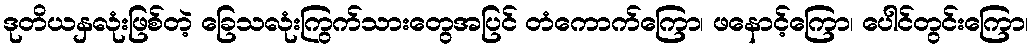
ဒုတိယနှလုံးဖြစ်တဲ့ ခြေသလုံးကြွက်သားတွေအပြင် တံကောက်ကြော၊ ဖနောင့်ကြော၊ ပေါင်တွင်းကြော၊